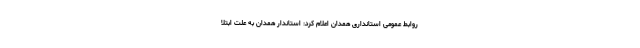
روابط عمومی استانداری همدان اعلام کرد: استاندار همدان به علت ابتلا